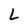
Character: L